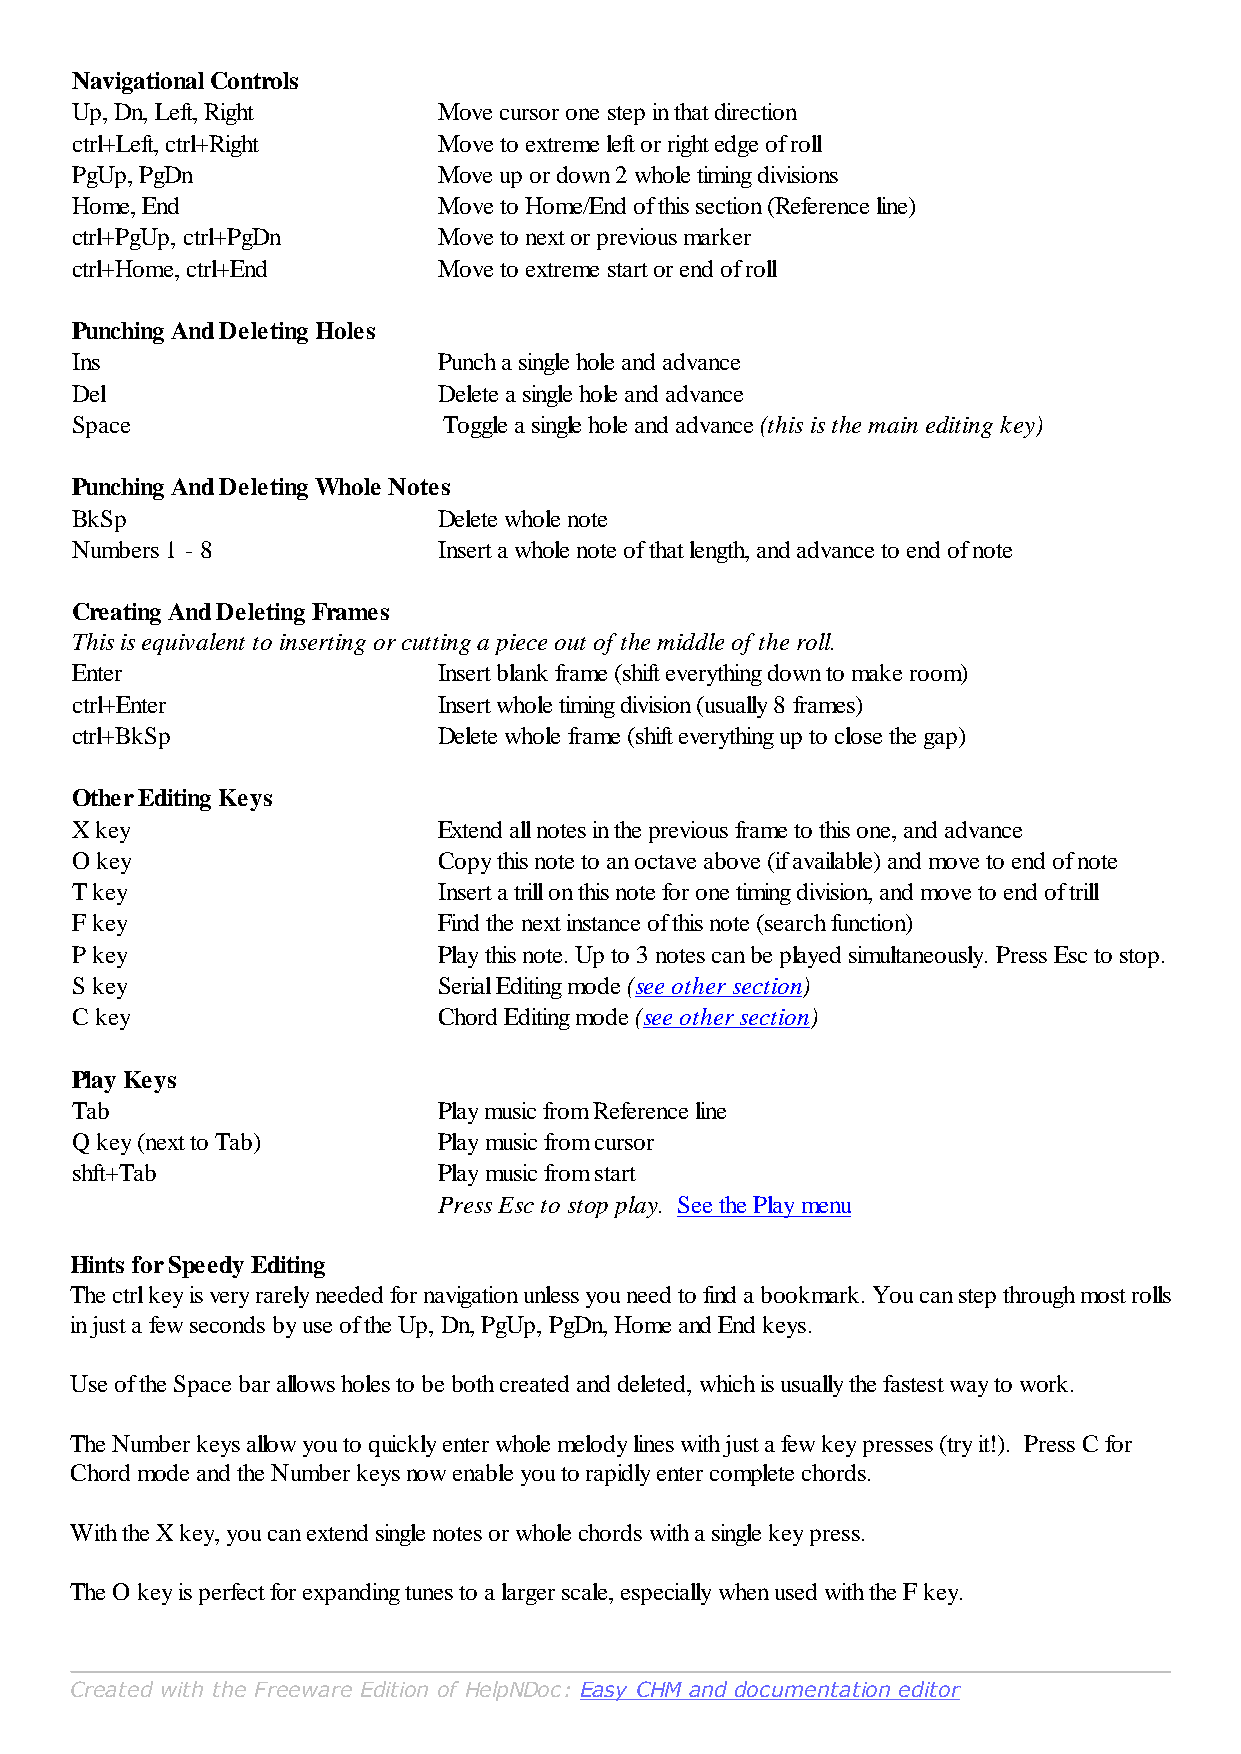
Navigational Controls
 Up, Dn, Left, Right     Move cursor one step in that direction
 ctrl+Left, ctrl+Right   Move to extreme left or right edge of roll
 PgUp, PgDn              Move up or down 2 whole timing divisions
 Home, End               Move to Home/End of this section (Reference line)
 ctrl+PgUp, ctrl+PgDn    Move to next or previous marker
 ctrl+Home, ctrl+End     Move to extreme start or end of roll
 Punching And Deleting Holes
 Ins                     Punch a single hole and advance
 Del                     Delete a single hole and advance
 Space                   Toggle a single hole and advance (this is the main editing key)
 Punching And Deleting Whole Notes
 BkSp                    Delete whole note
 Numbers 1 - 8           Insert a whole note of that length, and advance to end of note
 Creating And Deleting Frames
 This is equivalent to inserting or cutting a piece out of the middle of the roll.
 Enter                   Insert blank frame (shift everything down to make room)
 ctrl+Enter              Insert whole timing division (usually 8 frames)
 ctrl+BkSp               Delete whole frame (shift everything up to close the gap)
 Other Editing Keys
 X key                   Extend all notes in the previous frame to this one, and advance
 O key                   Copy this note to an octave above (if available) and move to end of note
 T key                   Insert a trill on this note for one timing division, and move to end of trill
 F key                   Find the next instance of this note (search function)
 P key                   Play this note. Up to 3 notes can be played simultaneously. Press Esc to stop.
 S key                   Serial Editing mode (see other section)
 C key                   Chord Editing mode (see other section)
 Play Keys
 Tab                     Play music from Reference line
 Q key (next to Tab)     Play music from cursor
 shft+Tab                Play music from start
 Press Esc to stop play. See the Play menu
 Hints for Speedy Editing
 The ctrl key is very rarely needed for navigation unless you need to find a bookmark. You can step through most rolls
 in just a few seconds by use of the Up, Dn, PgUp, PgDn, Home and End keys.
 Use of the Space bar allows holes to be both created and deleted, which is usually the fastest way to work.
 The Number keys allow you to quickly enter whole melody lines with just a few key presses (try it!). Press C for
 Chord mode and the Number keys now enable you to rapidly enter complete chords.
 With the X key, you can extend single notes or whole chords with a single key press.
 The O key is perfect for expanding tunes to a larger scale, especially when used with the F key.
 Created with the Freeware Edition of HelpNDoc: Easy CHM and documentation editor